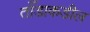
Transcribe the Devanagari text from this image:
तोँडाकडील